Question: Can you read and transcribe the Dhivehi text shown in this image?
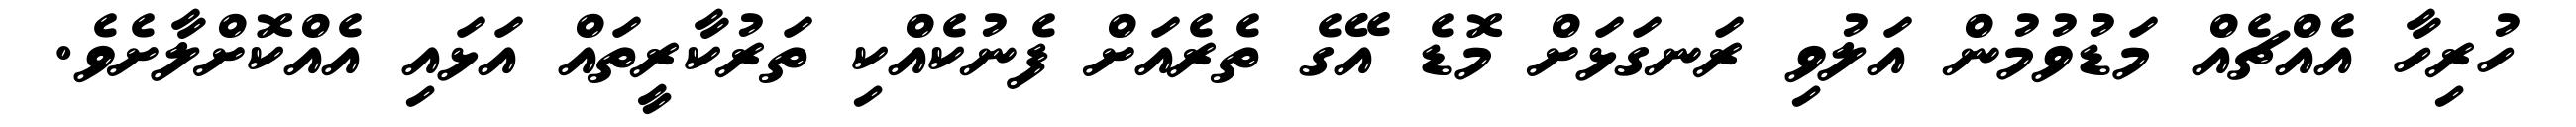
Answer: ހުރިހާ އެއްޗެއް މަޑުވުމުން އަލުވި ރަނގަޅަށް މޮޑެ އޭގެ ތެރެއަށް ފެނުކެއްކި ތަރުކާރީތައް އަޅައި އެއްކޮށްލާށެވެ.